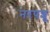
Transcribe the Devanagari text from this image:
नरपशू